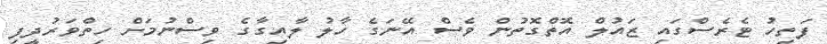
ފަތިހު ޓެރެސްގައި ޒައުލް އޮތްގޮތުން ވެސް އޭނަގެ ހާލު ލާއިގާގެ ވިސްނުމަށް ހިތްވަރުދީފި